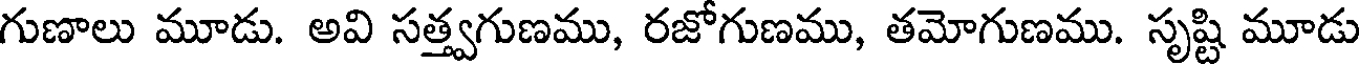
గుణాలు మూడు. అవి సత్త్వగుణము, రజోగుణము, తమోగుణము. సృష్టి మూడు